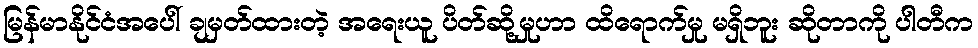
မြန်မာနိုင်ငံအပေါ် ချမှတ်ထားတဲ့ အရေးယူ ပိတ်ဆို့မှုဟာ ထိရောက်မှု မရှိဘူး ဆိုတာကို ပါတီက